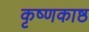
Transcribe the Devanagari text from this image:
कृष्णकाष्ठ